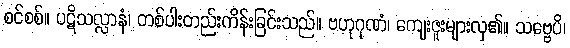
စင်စစ်။ ပဋိသလ္လာနံ၊ တစ်ပါးတည်းကိန်းခြင်းသည်။ ဗဟုဂုဏံ၊ ကျေးဇူးများလှ၏။ သဗ္ဗေပိ၊